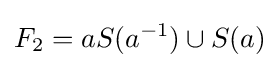
F_{2}=aS(a^{-1})\cup S(a)